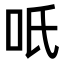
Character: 𭇇